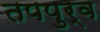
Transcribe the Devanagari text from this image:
तपपुर्व